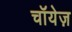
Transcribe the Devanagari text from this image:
चॉयेज़